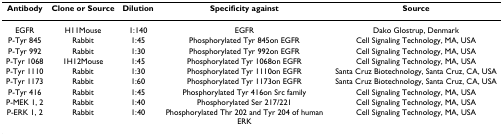
<table><thead><tr><td><b>Antibody</b></td><td><b>Clone or Source</b></td><td><b>Dilution</b></td><td><b>Specificity against</b></td><td><b>Source</b></td></tr></thead><tbody><tr><td>EGFR</td><td>H11Mouse</td><td>1:140</td><td>EGFR</td><td>Dako Glostrup, Denmark</td></tr><tr><td>P-Tyr 845</td><td>Rabbit</td><td>1:45</td><td>Phosphorylated Tyr 845on EGFR</td><td>Cell Signaling Technology, MA, USA</td></tr><tr><td>P-Tyr 992</td><td>Rabbit</td><td>1:30</td><td>Phosphorylated Tyr 992on EGFR</td><td>Cell Signaling Technology, MA, USA</td></tr><tr><td>P-Tyr 1068</td><td>1H12Mouse</td><td>1:45</td><td>Phosphorylated Tyr 1068on EGFR</td><td>Cell Signaling Technology, MA, USA</td></tr><tr><td>P-Tyr 1110</td><td>Rabbit</td><td>1:30</td><td>Phosphorylated Tyr 1110on EGFR</td><td>Santa Cruz Biotechnology, Santa Cruz, CA, USA</td></tr><tr><td>P-Tyr 1173</td><td>Rabbit</td><td>1:60</td><td>Phosphorylated Tyr 1173on EGFR</td><td>Santa Cruz Biotechnology, Santa Cruz, CA, USA</td></tr><tr><td>P-Tyr 416</td><td>Rabbit</td><td>1:45</td><td>Phosphorylated Tyr 416on Src family</td><td>Cell Signaling Technology, MA, USA</td></tr><tr><td>P-MEK 1, 2</td><td>Rabbit</td><td>1:40</td><td>Phosphorylated Ser 217/221</td><td>Cell Signaling Technology, MA, USA</td></tr><tr><td>P-ERK 1, 2</td><td>Rabbit</td><td>1:40</td><td>Phosphorylated Thr 202 and Tyr 204 of human ERK</td><td>Cell Signaling Technology, MA, USA</td></tr></tbody></table>